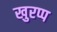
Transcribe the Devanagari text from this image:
खुरप्प